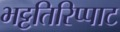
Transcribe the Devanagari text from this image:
भट्टतिरिप्पाट